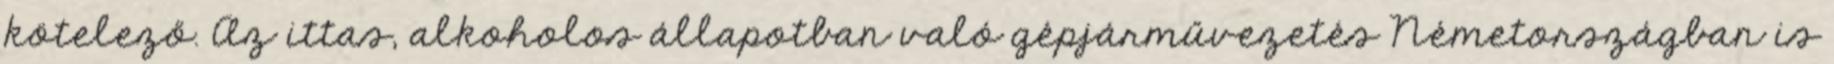
kötelező. Az ittas, alkoholos állapotban való gépjárművezetés Németországban is